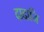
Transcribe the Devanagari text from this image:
दादाजि